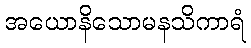
အယောနိသောမနသိကာရံ